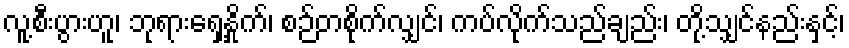
လူ့စီးပွားဟူ၊ ဘုရားရှေ့နှိုက်၊ စဉ်တစိုက်လျှင်၊ ကပ်လိုက်သည်ချည်း၊ တို့သျှင်နည်းနှင့်၊